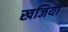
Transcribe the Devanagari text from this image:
खजिया